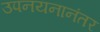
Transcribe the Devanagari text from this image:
उपनयनानंतर